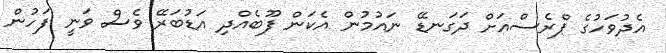
އެދުވަހުގެ ޕްރެސްއަށް ދަގަނޑޭ ނައުމުން އެކަން ފޫބެއްދި އަޑުބަރޭ ވެސް ވަނީ ފަހުން